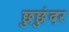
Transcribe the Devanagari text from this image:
छुछुंदर